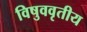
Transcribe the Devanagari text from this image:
विषुववृतीय